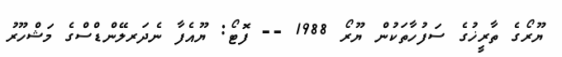
ޔޫރޯގެ ތާރީޚުގެ ސަފުހާތަކުން ޔޫރޯ 1988 -- ފޮޓޯ: ޔޫއެފާ ނެދަރލޭންޑްސްގެ މަޝްހޫރު